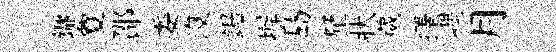
鏞夐邵委没鋸墀島壓狀葳擇嵎月